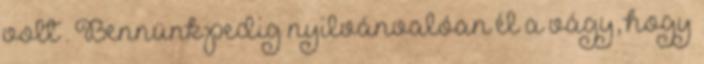
volt . Bennünk pedig nyilvánvalóan él a vágy, hogy